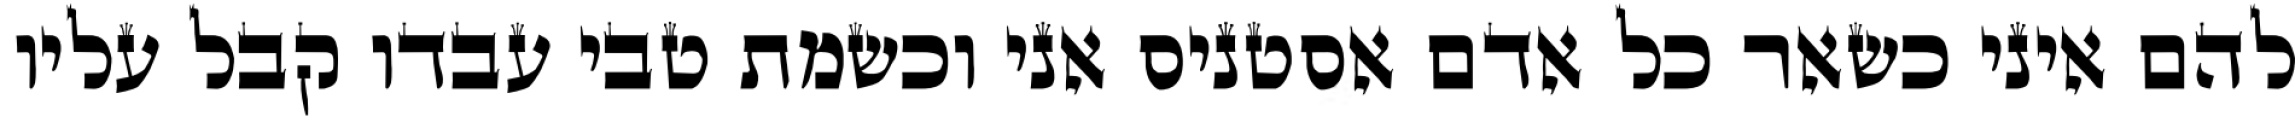
להם איני כשאר כל אדם אסטניס אני וכשמת טבי עבדו קבל עליו